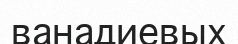
ванадиевых